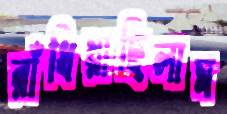
রাঁধিয়াছিলাম